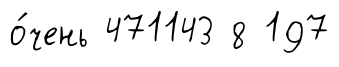
о́чень 471143 8 197